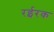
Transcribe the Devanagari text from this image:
रईरक